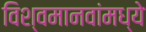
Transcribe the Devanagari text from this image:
विश्वमानवांमध्ये